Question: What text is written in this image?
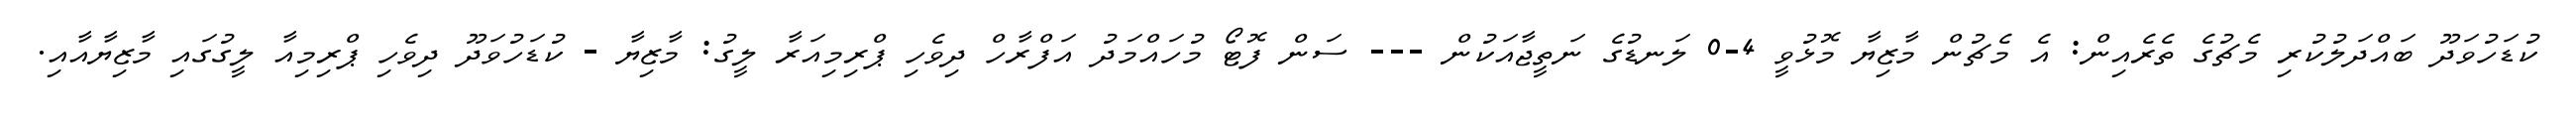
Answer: ކުޑަހުވަދޫ ބައްދަލުކުރި މެޗުގެ ތެރެއިން: އެ މެޗުން މާޒިޔާ މޮޅުވީ 4-0 ލަނޑުގެ ނަތީޖާއަކުން --- ސަން ފޮޓޯ މުހައްމަދު އަފްރާހް ދިވެހި ޕްރިމިއަރާ ލީގު: މާޒިޔާ - ކުޑަހުވަދޫ ދިވެހި ޕްރިމިއާ ލީގުގައި މާޒިޔާއާއި.